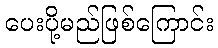
ပေးပို့မည်ဖြစ်ကြောင်း